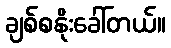
ချစ်စနိုးခေါ်တယ်။